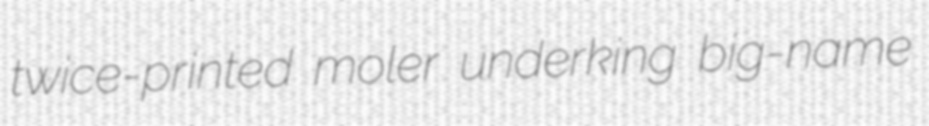
twice-printed moler underking big-name